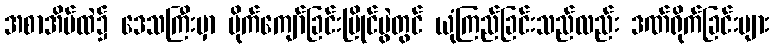
အစာအိမ်ထဲ၌ ဒေသကြီးမှာ ပိုက်ကျော်ခြင်းပြိုင်ပွဲတွင် ယုံကြည်ခြင်းသည်လည်း ဒဏ်ရိုက်ခြင်းများ